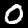
Digit: 0